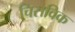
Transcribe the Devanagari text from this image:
चिसविक